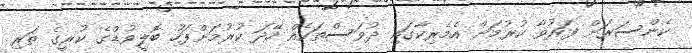
ކެންސަރަށް ފަރުވާ ކުރުމަށް އެމެރިކާގައި ދުވަސްތަކެއް ހޭދަ ކުރުމަށްފަހު ބޮލީވުޑްގެ ކުރީގެ ތަރި